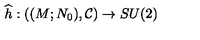
\widehat { h } : ( ( M ; N _ { 0 } ) , \mathcal { C } ) \rightarrow S U ( 2 )